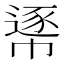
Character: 𢄘